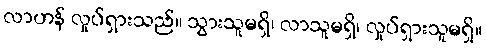
လာဟန် လှုပ်ရှားသည်။ သွားသူမရှိ၊ လာသူမရှိ၊ လှုပ်ရှားသူမရှိ။